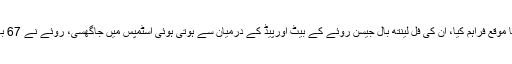
اس بار بھی پیٹ کمنز نے ہی اپنی ٹیم کو خوشیاں منانے کا موقع فراہم کیا، ان کی فل لینتھ بال جیسن روئے کے بیٹ اورپیڈ کے درمیان سے ہوتی ہوئی اسٹمپس میں جاگھسی، روئے نے 67 بالز پر 31 رنز بنائے، جس میں 4 چوکے بھی شامل تھے۔